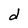
Character: d